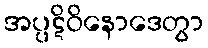
အပ္ပဋိဝိနောဒေတွာ